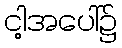
ငါ့အပေါ်၌